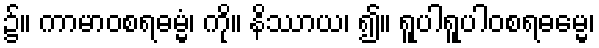
၌။ ကာမာဝစရဓမ္မံ၊ ကို။ နိဿာယ၊ ၍။ ရူပါရူပါဝစရဓမ္မေ၊